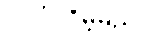
ပါဝင်လိမ့်မည်